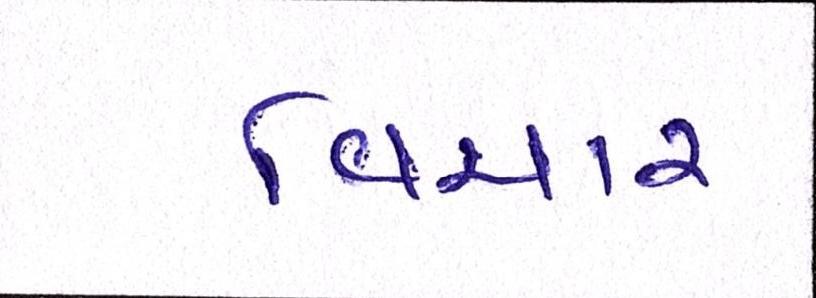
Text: વિચાર